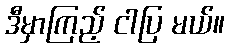
ဒီမှာကြည့် ငါပြ မယ်။